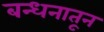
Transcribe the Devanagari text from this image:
बन्धनातून